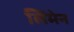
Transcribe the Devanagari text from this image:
लिमेन